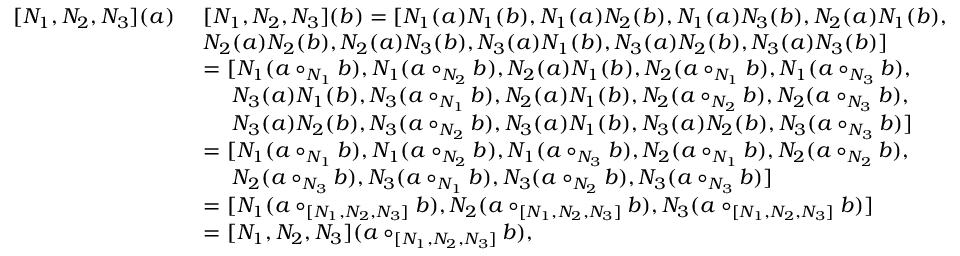
\begin{array} { r l } { [ N _ { 1 } , N _ { 2 } , N _ { 3 } ] ( a ) \ } & { [ N _ { 1 } , N _ { 2 } , N _ { 3 } ] ( b ) = [ N _ { 1 } ( a ) N _ { 1 } ( b ) , N _ { 1 } ( a ) N _ { 2 } ( b ) , N _ { 1 } ( a ) N _ { 3 } ( b ) , N _ { 2 } ( a ) N _ { 1 } ( b ) , } \\ & { N _ { 2 } ( a ) N _ { 2 } ( b ) , N _ { 2 } ( a ) N _ { 3 } ( b ) , N _ { 3 } ( a ) N _ { 1 } ( b ) , N _ { 3 } ( a ) N _ { 2 } ( b ) , N _ { 3 } ( a ) N _ { 3 } ( b ) ] } \\ & { = [ N _ { 1 } ( a \circ _ { N _ { 1 } } b ) , N _ { 1 } ( a \circ _ { N _ { 2 } } b ) , N _ { 2 } ( a ) N _ { 1 } ( b ) , N _ { 2 } ( a \circ _ { N _ { 1 } } b ) , N _ { 1 } ( a \circ _ { N _ { 3 } } b ) , } \\ & { \quad \ N _ { 3 } ( a ) N _ { 1 } ( b ) , N _ { 3 } ( a \circ _ { N _ { 1 } } b ) , N _ { 2 } ( a ) N _ { 1 } ( b ) , N _ { 2 } ( a \circ _ { N _ { 2 } } b ) , N _ { 2 } ( a \circ _ { N _ { 3 } } b ) , } \\ & { \quad \ N _ { 3 } ( a ) N _ { 2 } ( b ) , N _ { 3 } ( a \circ _ { N _ { 2 } } b ) , N _ { 3 } ( a ) N _ { 1 } ( b ) , N _ { 3 } ( a ) N _ { 2 } ( b ) , N _ { 3 } ( a \circ _ { N _ { 3 } } b ) ] } \\ & { = [ N _ { 1 } ( a \circ _ { N _ { 1 } } b ) , N _ { 1 } ( a \circ _ { N _ { 2 } } b ) , N _ { 1 } ( a \circ _ { N _ { 3 } } b ) , N _ { 2 } ( a \circ _ { N _ { 1 } } b ) , N _ { 2 } ( a \circ _ { N _ { 2 } } b ) , } \\ & { \quad \ N _ { 2 } ( a \circ _ { N _ { 3 } } b ) , N _ { 3 } ( a \circ _ { N _ { 1 } } b ) , N _ { 3 } ( a \circ _ { N _ { 2 } } b ) , N _ { 3 } ( a \circ _ { N _ { 3 } } b ) ] } \\ & { = [ N _ { 1 } ( a \circ _ { [ N _ { 1 } , N _ { 2 } , N _ { 3 } ] } b ) , N _ { 2 } ( a \circ _ { [ N _ { 1 } , N _ { 2 } , N _ { 3 } ] } b ) , N _ { 3 } ( a \circ _ { [ N _ { 1 } , N _ { 2 } , N _ { 3 } ] } b ) ] } \\ & { = [ N _ { 1 } , N _ { 2 } , N _ { 3 } ] ( a \circ _ { [ N _ { 1 } , N _ { 2 } , N _ { 3 } ] } b ) , } \end{array}